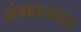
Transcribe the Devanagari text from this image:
भंगवतगड